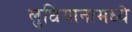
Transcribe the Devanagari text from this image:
लुधियानामध्ये